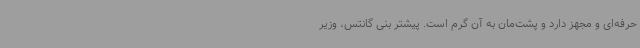
حرفه‌ای و مجهز دارد و پشت‌مان به آن گرم است. پیشتر بنی گانتس، وزیر